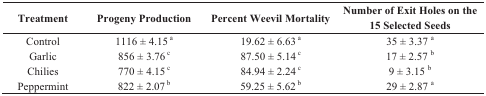
<table><thead><tr><td><b>Treatment</b></td><td><b>Progeny Production</b></td><td><b>Percent Weevil Mortality</b></td><td><b>Number of Exit Holes on the 15 Selected Seeds</b></td></tr></thead><tbody><tr><td>Control</td><td>1116 ± 4.15 <sup> a</sup></td><td>19.62 ± 6.63<sup> a</sup></td><td>35 ± 3.37 <sup>a</sup></td></tr><tr><td>Garlic</td><td>856 ± 3.76 <sup> c</sup></td><td>87.50 ± 5.14<sup> c</sup></td><td>17 ± 2.57 <sup>b</sup></td></tr><tr><td>Chilies</td><td>770 ± 4.15 <sup> c</sup></td><td>84.94 ± 2.24<sup> c</sup></td><td>9 ± 3.15 <sup>b</sup></td></tr><tr><td>Peppermint</td><td>822 ± 2.07 <sup> b</sup></td><td>59.25 ± 5.62<sup> b</sup></td><td>29 ± 2.87 <sup>a</sup></td></tr></tbody></table>